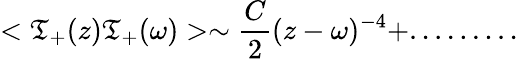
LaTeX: <\mathfrak{T}_{+}(z)\mathfrak{T}_{+}(\omega)>\sim\frac{{C}}{{2}}(z-\omega)^{-4}+.........